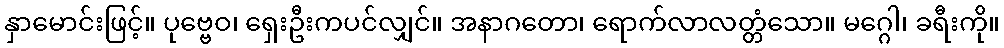
နှာမောင်းဖြင့်။ ပုဗ္ဗေဝ၊ ရှေးဦးကပင်လျှင်။ အနာဂတော၊ ရောက်လာလတ္တံသော။ မဂ္ဂေါ၊ ခရီးကို။